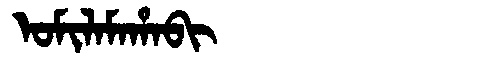
Manchu: ᠣᠮᡳᠯᠠᠮᠠᡥᠠᠪᡳ
Romanization: OMILAMAHABI